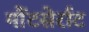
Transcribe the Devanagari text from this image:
मौंटसेर्राट